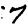
Digit: 7